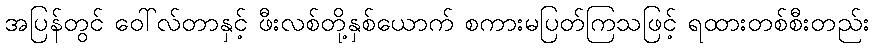
အပြန်တွင် ဝေါ်လ်တာနှင့် ဖီးလစ်တို့နှစ်ယောက် စကားမပြတ်ကြသဖြင့် ရထားတစ်စီးတည်း